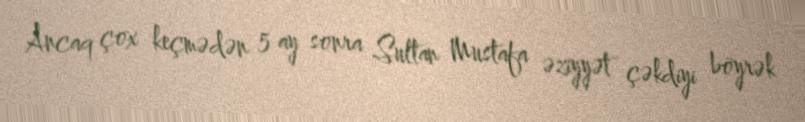
Ancaq çox keçmədən 5 ay sonra Sultan Mustafa əziyyət çəkdiyi böyrək